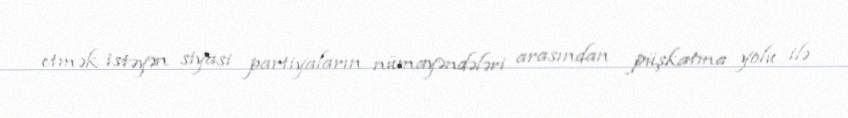
etmək istəyən siyasi partiyaların nümayəndələri arasından püşkatma yolu ilə